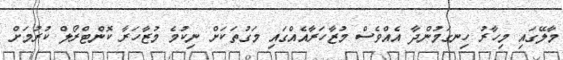
މާލޭގައި މިހާރު ހިނގަމުންދާ އެއްވެސް މުޒާހަރާއެއްގައި މަގުތަކަަށް ނިކުމެ މުޒާހަރާ ކޮންޓްރޯލް ކުރުމަށް